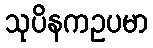
သုပိနကဥပမာ